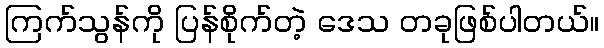
ကြက်သွန်ကို ပြန်စိုက်တဲ့ ဒေသ တခုဖြစ်ပါတယ်။